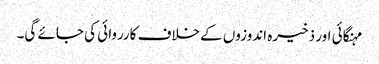
مہنگائی اور ذخیرہ اندوزوں کےخلاف کارروائی کی جائے گی۔